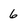
Character: 6